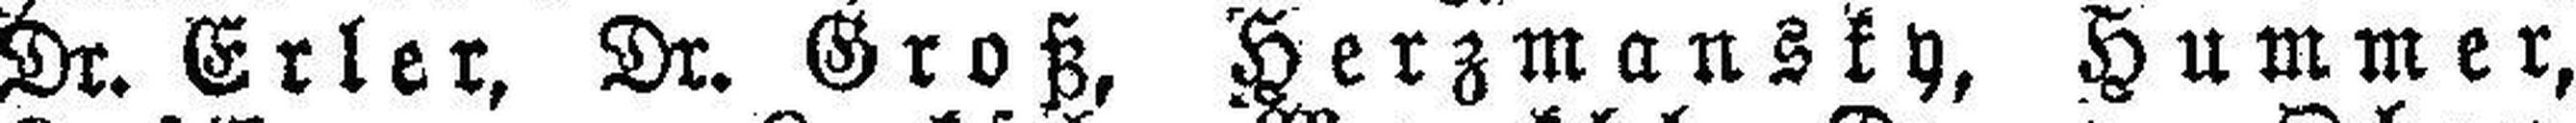
Dr. Erler, Dr. Groß, Herzmansky, Hummer,